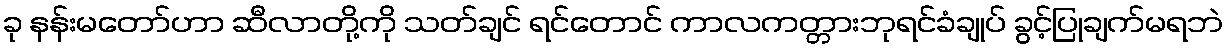
ခု နန်းမတော်ဟာ ဆီလာတို့ကို သတ်ချင် ရင်တောင် ကာလကတ္တားဘုရင်ခံချုပ် ခွင့်ပြုချက်မရဘဲ